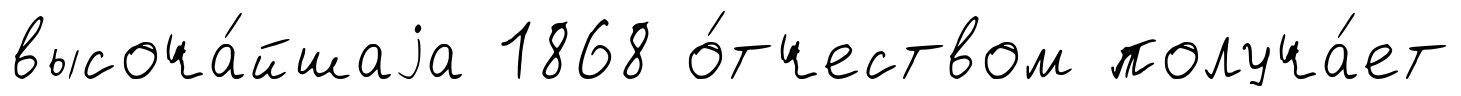
высоча́йшаjа 1868 о́тчеством получа́ет